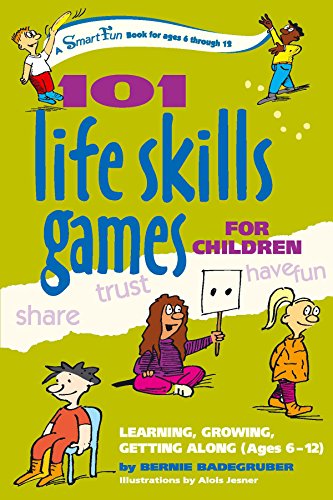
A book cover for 101 Life Skills Games for Children: Learning, Growing, Getting Along (Ages 6-12); Bernie Badegruber; Parenting & Relationships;